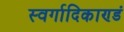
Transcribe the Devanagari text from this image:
स्वर्गादिकाण्डं